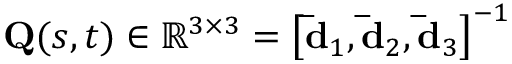
\mathbf { Q } ( s , t ) \in \mathbb { R } ^ { 3 \times 3 } = \left[ \mathbf { \bar { d } } _ { 1 } , \mathbf { \bar { d } } _ { 2 } , \mathbf { \bar { d } } _ { 3 } \right] ^ { - 1 }